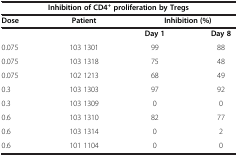
<table><thead><tr><td colspan="4"><b>Inhibition of CD4<sup>+ </sup>proliferation by Tregs</b></td></tr><tr><td><b>Dose</b></td><td><b>Patient</b></td><td colspan="2"><b>Inhibition (%)</b></td></tr></thead><tbody><tr><td> </td><td> </td><td><b>Day 1</b></td><td><b>Day 8</b></td></tr><tr><td>0.075</td><td>103 1301</td><td>99</td><td>88</td></tr><tr><td>0.075</td><td>103 1318</td><td>75</td><td>48</td></tr><tr><td>0.075</td><td>102 1213</td><td>68</td><td>49</td></tr><tr><td>0.3</td><td>103 1303</td><td>97</td><td>92</td></tr><tr><td>0.3</td><td>103 1309</td><td>0</td><td>0</td></tr><tr><td>0.6</td><td>103 1310</td><td>82</td><td>77</td></tr><tr><td>0.6</td><td>103 1314</td><td>0</td><td>2</td></tr><tr><td>0.6</td><td>101 1104</td><td>0</td><td>0</td></tr></tbody></table>